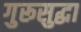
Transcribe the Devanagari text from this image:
गुरूसुद्धा